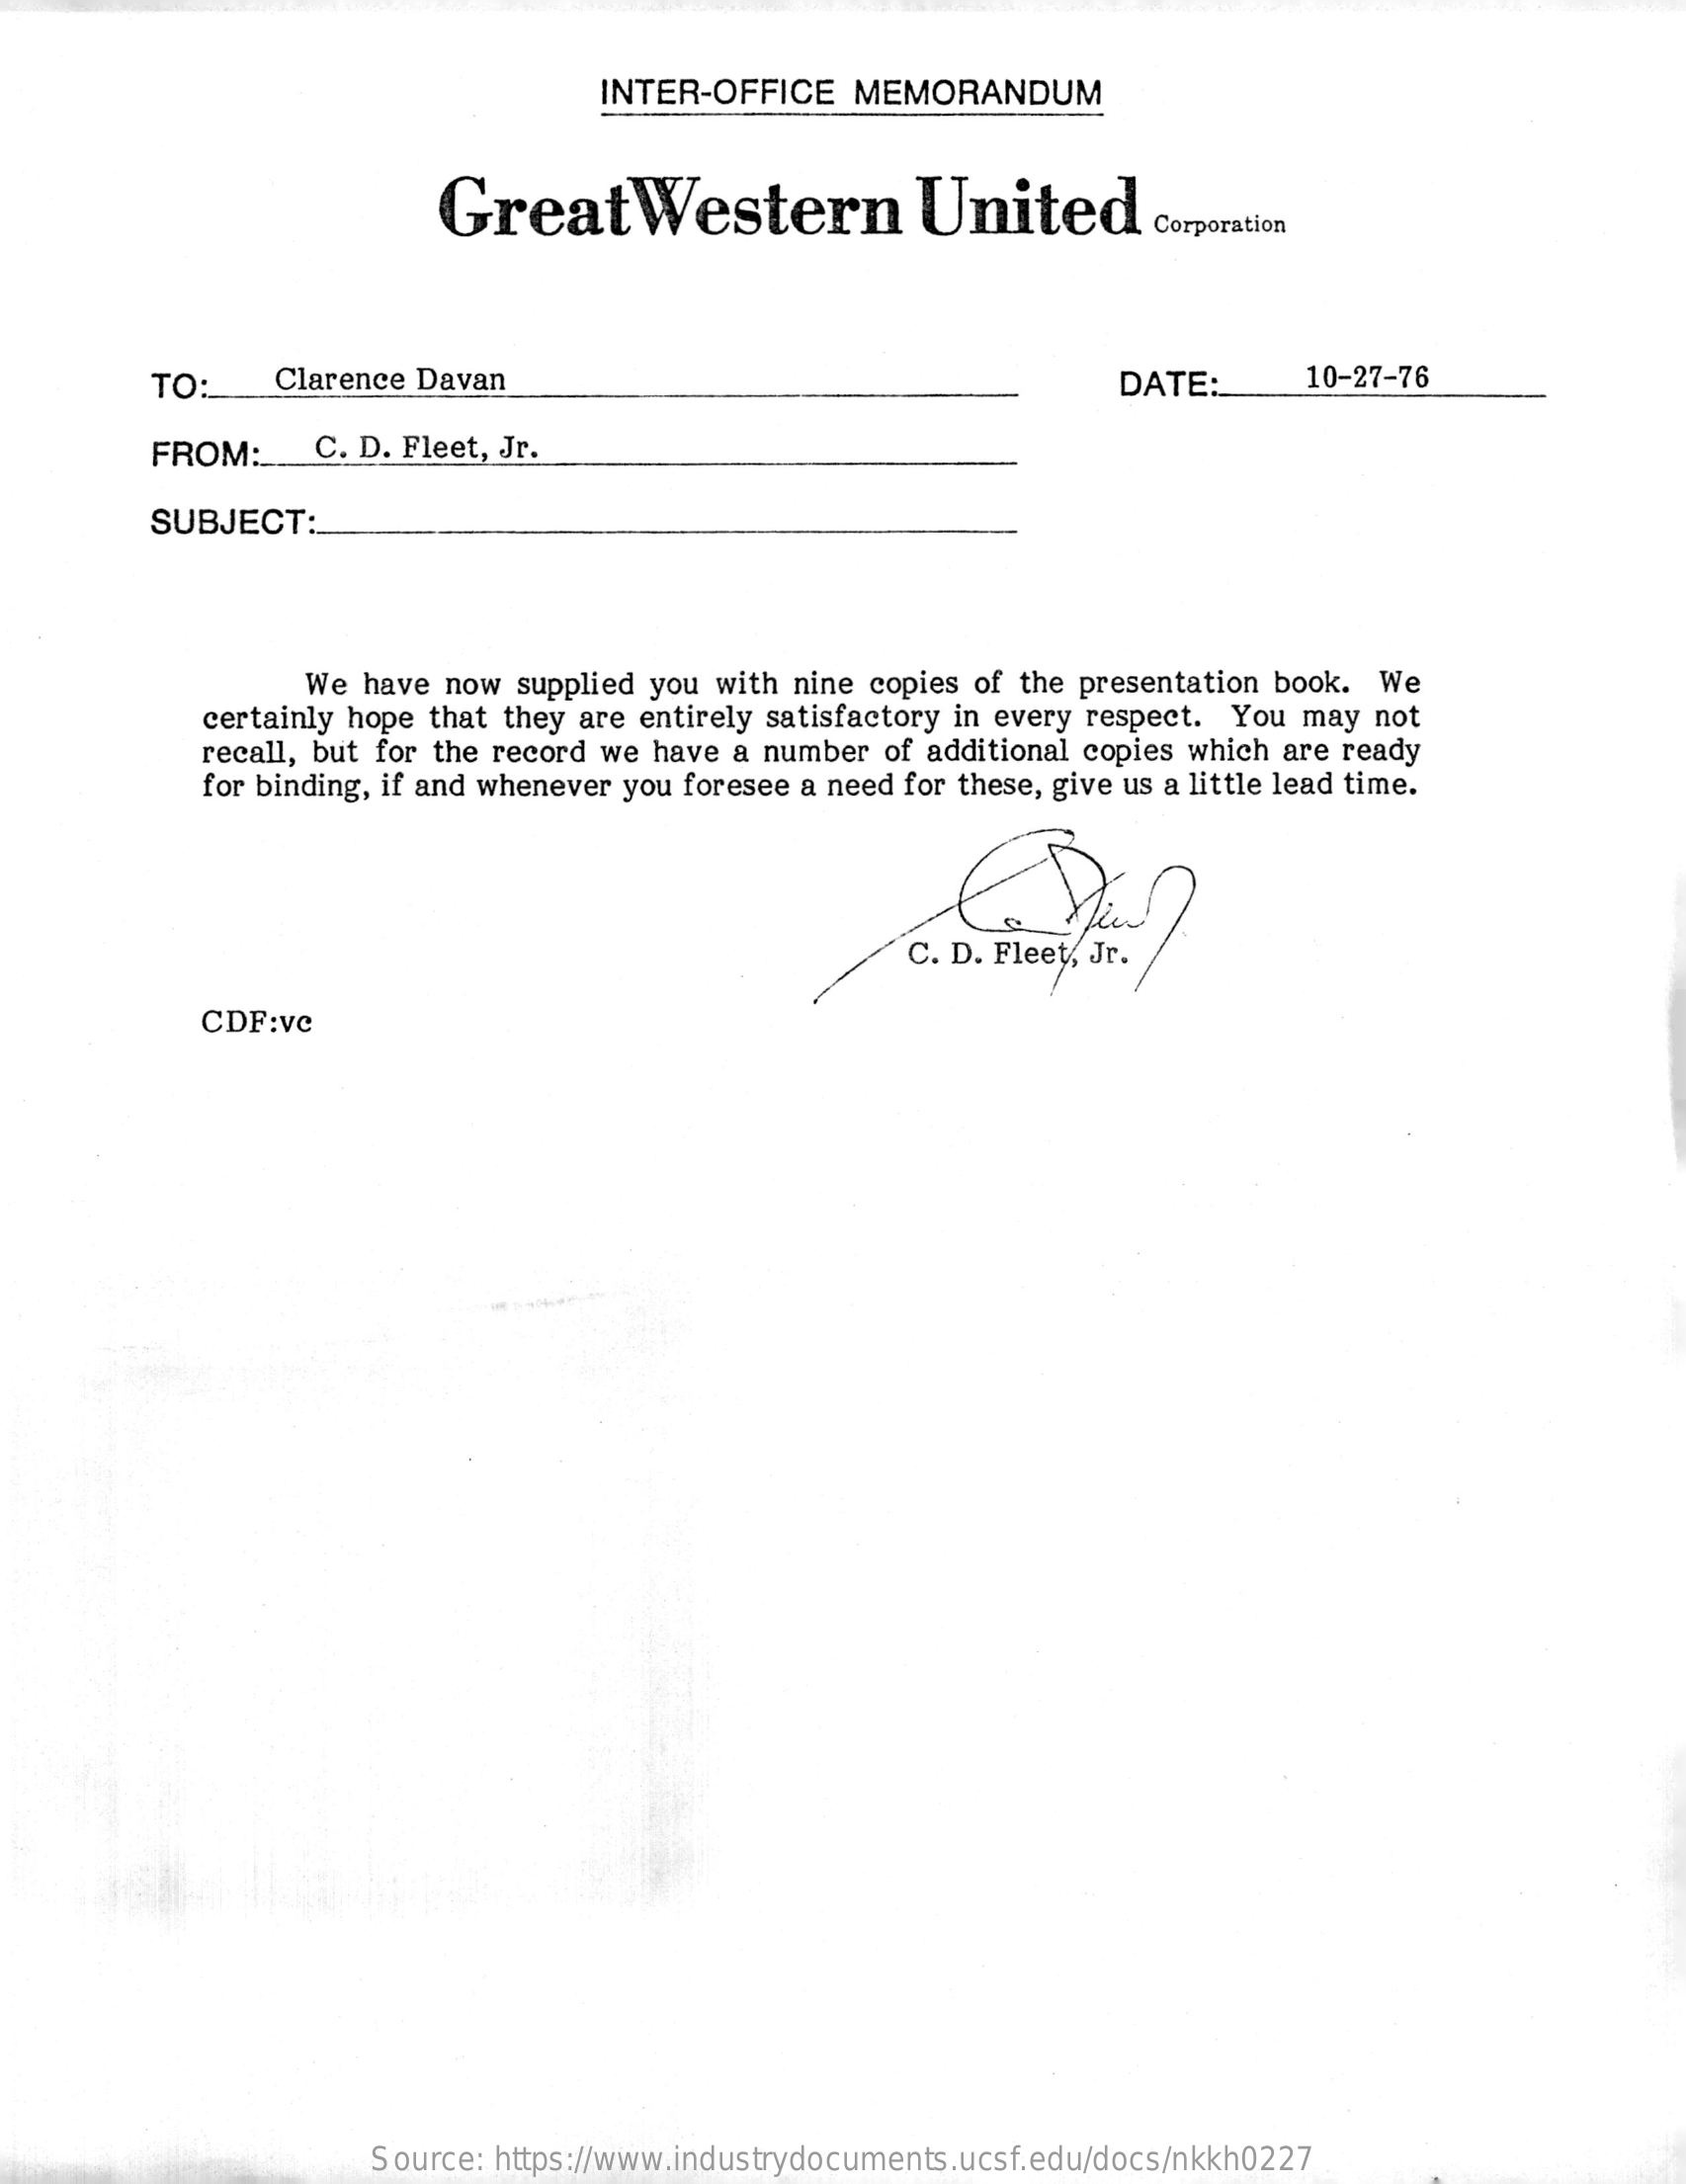
INTER-OFFICE  MEMORANDUM
     GreatWestern    United    Corporation
     TO:    Clarence Davan    DATE:    10-27-76
     FROM:    C. D. Fleet, Jr.
     SUBJECT:
     We have now supplied you with nine copies of the presentation book. We
     certainly hope that they are entirely satisfactory in every respect. You may not
     recall, but for the record we have a number of additional copies which are ready
     for binding, if and whenever you foresee a need for these, give us a little lead time.
     C. D. Fleet, Jr.
     CDF:vc
     Source: https://www.industrydocuments.ucsf.edu/docs/nkkh0227